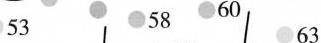
53 58 60 63